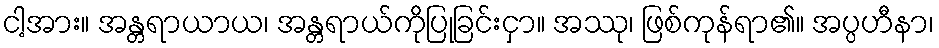
ငါ့အား။ အန္တရာယာယ၊ အန္တရာယ်ကိုပြုခြင်းငှာ။ အဿု၊ ဖြစ်ကုန်ရာ၏။ အပ္ပဟီနာ၊